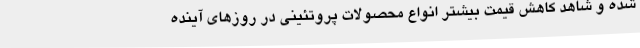
شده و شاهد کاهش قیمت بیشتر انواع محصولات پروتئینی در روزهای آینده